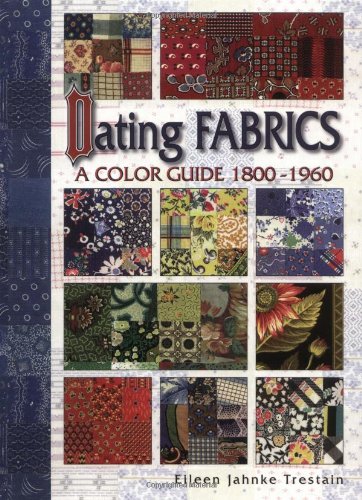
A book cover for Dating Fabrics - A Color Guide: 1800-1960; Trestain; Crafts, Hobbies & Home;